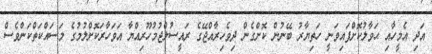
އަދި އެމީހާއި ޙަވާލުކޮށްފައިވަނީ ހަތިޔާރު ބޭނުން ކޮށްގެން ދިވެހިރާއްޖޭގެ ރައީސުލްޖުމުހޫރިއްޔާ އަވަހާރަކޮށްލުމުގެ މަސައްކަތްކަންވެސް